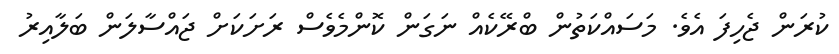
ކުރަން ޖެހިފަ އެވެ. މަސައްކަތުން ބްރޭކެއް ނަގަން ކޮންމެވެސް ރަށަކަށް ޖައްސާލަން ބަލާއިރު